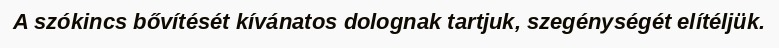
A szókincs bővítését kívánatos dolognak tartjuk, szegénységét elítéljük.